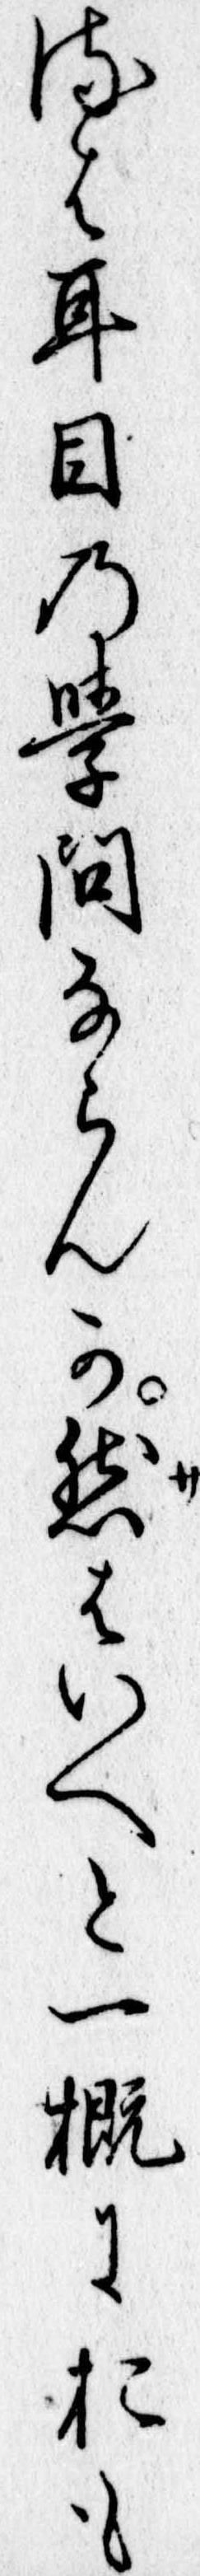
るは耳目の学問ならんか然はいへと一概におも